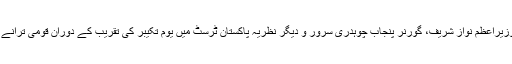
لاہور کی تصاویر، لاہور، وزیراعظم نواز شریف، گورنر پنجاب چوہدری سرور و دیگر نظریہ پاکستان ٹرسٹ میں یوم تکیبر کی تقریب کے دوران قومی ترانے کے احترام میں کھڑے ہیں۔